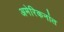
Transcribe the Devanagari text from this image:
अमेरिकनांत